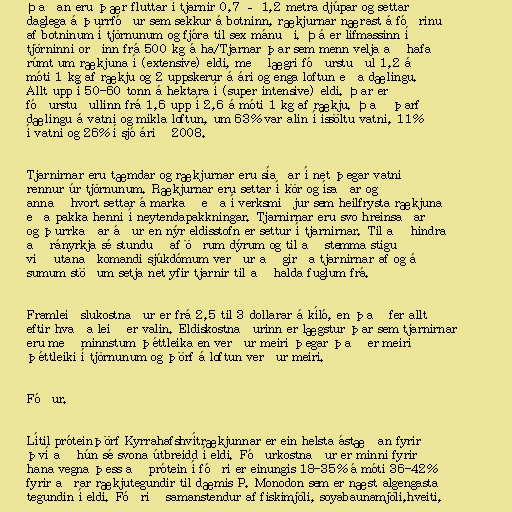
Þaðan eru þær fluttar í tjarnir 0,7 – 1,2 metra djúpar og settar
daglega á þurrfóður sem sekkur á botninn, rækjurnar nærast á fóðrinu
af botninum í tjörnunum og fjóra til sex mánuði. Þá er lífmassinn í
tjörninni orðinn frá 500 kg á ha/Tjarnar þar sem menn velja að hafa
rúmt um rækjuna í (extensive) eldi, með lægri fóðurstuðul 1,2 á
móti 1 kg af rækju og 2 uppskerur á ári og enga loftun eða dælingu.
Allt upp í 50-60 tonn á hektara í (super intensive) eldi. Þar er
fóðurstuðullinn frá 1,6 upp í 2,6 á móti 1 kg af rækju. Það þarf
dælingu á vatni og mikla loftun, um 63% var alin í íssöltu vatni, 11%
í vatni og 26% í sjó árið 2008.

Tjarnirnar eru tæmdar og rækjurnar eru síaðar í net þegar vatnið
rennur úr tjörnunum. Rækjurnar eru settar í kör og ísaðar og
annað hvort settar á markað eða í verksmiðjur sem heilfrysta rækjuna
eða pakka henni í neytendapakkningar. Tjarnirnar eru svo hreinsaðar
og þurrkaðar áður en nýr eldisstofn er settur í tjarnirnar. Til að hindra
að rányrkja sé stunduð af öðrum dýrum og til að stemma stigu
við utanaðkomandi sjúkdómum verður að girða tjarnirnar af og á
sumum stöðum setja net yfir tjarnir til að halda fuglum frá.

Framleiðslukostnaður er frá 2,5 til 3 dollarar á kíló, en það fer allt
eftir hvaða leið er valin. Eldiskostnaðurinn er lægstur þar sem tjarnirnar
eru með minnstum þéttleika en verður meiri þegar það er meiri
þéttleiki í tjörnunum og þörf á loftun verður meiri.

Fóður.

Lítil próteinþörf Kyrrahafshvítrækjunnar er ein helsta ástæðan fyrir
því að hún sé svona útbreidd í eldi. Fóðurkostnaður er minni fyrir
hana vegna þess að prótein í fóðri er einungis 18-35% á móti 36-42%
fyrir aðrar rækjutegundir til dæmis P. Monodon sem er næst algengasta
tegundin í eldi. Fóðrið samanstendur af fiskimjöli, soyabaunamjöli,hveiti,